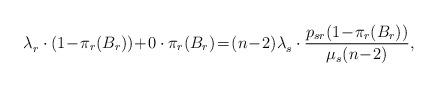
LaTeX: \begin{align*}\lambda_r^{} \cdot (1 \!-\! \pi_r(B_r)) \!+\! 0 \cdot \pi_r(B_r) \!=\! (n\!-\!2)\lambda_s^{} \cdot \frac{p_{sr}(1 \!-\! \pi_r(B_r))}{\mu_s(n\!-\!2)}, \end{align*}